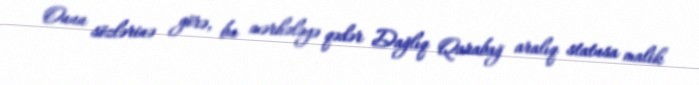
Onun sözlərinə görə, bu mərhələyə qədər Dağlıq Qarabağ aralıq statusa malik